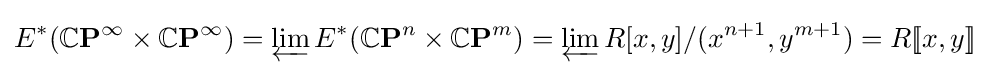
E^{*}(\mathbb {C} \mathbf {P} ^{\infty }\times \mathbb {C} \mathbf {P} ^{\infty })=\varprojlim E^{*}(\mathbb {C} \mathbf {P} ^{n}\times \mathbb {C} \mathbf {P} ^{m})=\varprojlim R[x,y]/(x^{n+1},y^{m+1})=R[\![x,y]\!]